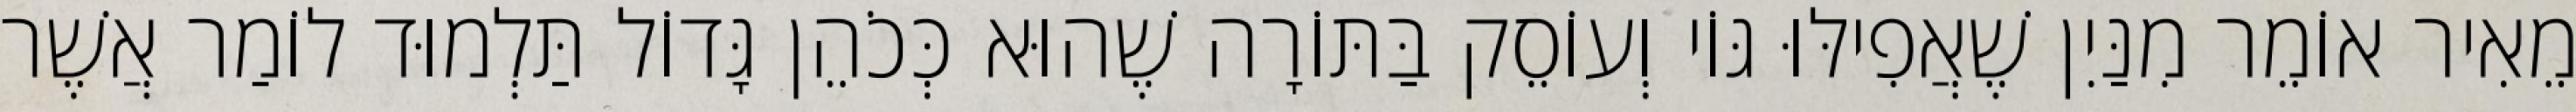
מֵאִיר אוֹמֵר מִנַּיִן שֶׁאֲפִילּוּ גּוֹי וְעוֹסֵק בַּתּוֹרָה שֶׁהוּא כְּכֹהֵן גָּדוֹל תַּלְמוּד לוֹמַר אֲשֶׁר